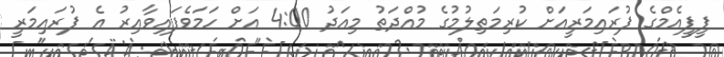
ޕީޕީއެމްގެ ޕުރައިމަރީއަށް ކުރިމަތިލުމުގެ މުއްދަތު މިއަދު 4:00 އަށް ހަމަވެފައިވާއިރު އެ ޕުރައިމަރީ